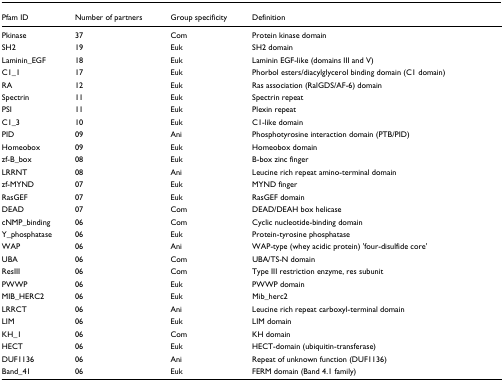
<table><thead><tr><td><b>Pfam ID</b></td><td><b>Number of partners</b></td><td><b>Group specificity</b></td><td><b>Definition</b></td></tr></thead><tbody><tr><td>Pkinase</td><td>37</td><td>Com</td><td>Protein kinase domain</td></tr><tr><td>SH2</td><td>19</td><td>Euk</td><td>SH2 domain</td></tr><tr><td>Laminin_EGF</td><td>18</td><td>Euk</td><td>Laminin EGF-like (domains III and V)</td></tr><tr><td>C1_1</td><td>17</td><td>Euk</td><td>Phorbol esters/diacylglycerol binding domain (C1 domain)</td></tr><tr><td>RA</td><td>12</td><td>Euk</td><td>Ras association (RalGDS/AF-6) domain</td></tr><tr><td>Spectrin</td><td>11</td><td>Euk</td><td>Spectrin repeat</td></tr><tr><td>PSI</td><td>11</td><td>Euk</td><td>Plexin repeat</td></tr><tr><td>C1_3</td><td>10</td><td>Euk</td><td>C1-like domain</td></tr><tr><td>PID</td><td>09</td><td>Ani</td><td>Phosphotyrosine interaction domain (PTB/PID)</td></tr><tr><td>Homeobox</td><td>09</td><td>Euk</td><td>Homeobox domain</td></tr><tr><td>zf-B_box</td><td>08</td><td>Euk</td><td>B-box zinc finger</td></tr><tr><td>LRRNT</td><td>08</td><td>Ani</td><td>Leucine rich repeat amino-terminal domain</td></tr><tr><td>zf-MYND</td><td>07</td><td>Euk</td><td>MYND finger</td></tr><tr><td>RasGEF</td><td>07</td><td>Euk</td><td>RasGEF domain</td></tr><tr><td>DEAD</td><td>07</td><td>Com</td><td>DEAD/DEAH box helicase</td></tr><tr><td>cNMP_binding</td><td>06</td><td>Com</td><td>Cyclic nucleotide-binding domain</td></tr><tr><td>Y_phosphatase</td><td>06</td><td>Euk</td><td>Protein-tyrosine phosphatase</td></tr><tr><td>WAP</td><td>06</td><td>Ani</td><td>WAP-type (whey acidic protein) &#x27;four-disulfide core&#x27;</td></tr><tr><td>UBA</td><td>06</td><td>Com</td><td>UBA/TS-N domain</td></tr><tr><td>ResIII</td><td>06</td><td>Com</td><td>Type III restriction enzyme, res subunit</td></tr><tr><td>PWWP</td><td>06</td><td>Euk</td><td>PWWP domain</td></tr><tr><td>MIB_HERC2</td><td>06</td><td>Euk</td><td>Mib_herc2</td></tr><tr><td>LRRCT</td><td>06</td><td>Ani</td><td>Leucine rich repeat carboxyl-terminal domain</td></tr><tr><td>LIM</td><td>06</td><td>Euk</td><td>LIM domain</td></tr><tr><td>KH_1</td><td>06</td><td>Com</td><td>KH domain</td></tr><tr><td>HECT</td><td>06</td><td>Euk</td><td>HECT-domain (ubiquitin-transferase)</td></tr><tr><td>DUF1136</td><td>06</td><td>Ani</td><td>Repeat of unknown function (DUF1136)</td></tr><tr><td>Band_41</td><td>06</td><td>Euk</td><td>FERM domain (Band 4.1 family)</td></tr></tbody></table>